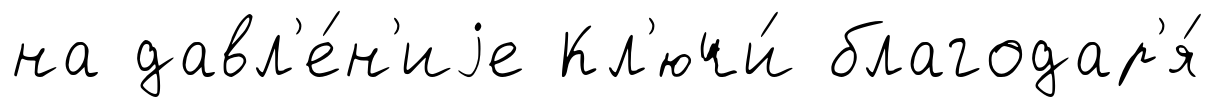
на давл'е́н'иjе Кл'ючи́ благодар'я́